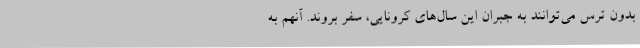
بدون ترس می‌توانند به جبران این سال‌های کرونایی، سفر بروند. آنهم به